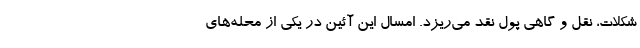
شکلات، نقل و گاهی پول نقد می‌ریزد. امسال این آئین در یکی از محله‌های